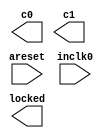
module spll (
	areset,
	inclk0,
	c0,
	c1,
	locked);
	input	  areset;
	input	  inclk0;
	output	  c0;
	output	  c1;
	output	  locked;
`ifndef ALTERA_RESERVED_QIS
// synopsys translate_off
`endif
	tri0	  areset;
`ifndef ALTERA_RESERVED_QIS
// synopsys translate_on
`endif
endmodule